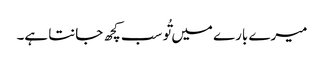
میرے بارے میں تُو سب کچھ جانتا ہے۔